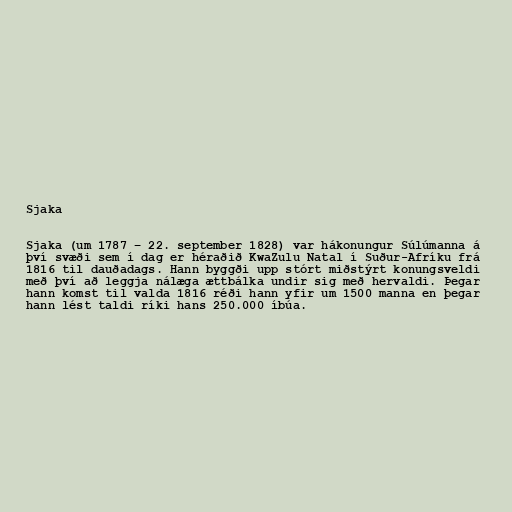
Sjaka

Sjaka (um 1787 – 22. september 1828) var hákonungur Súlúmanna á
því svæði sem í dag er héraðið KwaZulu Natal í Suður-Afríku frá
1816 til dauðadags. Hann byggði upp stórt miðstýrt konungsveldi
með því að leggja nálæga ættbálka undir sig með hervaldi. Þegar
hann komst til valda 1816 réði hann yfir um 1500 manna en þegar
hann lést taldi ríki hans 250.000 íbúa.